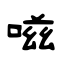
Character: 嗞